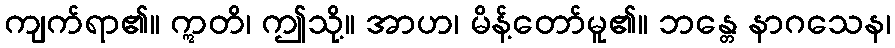
ကျက်ရာ၏။ ဣတိ၊ ဤသို့။ အာဟ၊ မိန့်တော်မူ၏။ ဘန္တေ နာဂသေန၊